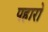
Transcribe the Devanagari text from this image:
पहारो